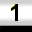
Digit: 1